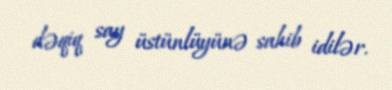
dəqiq say üstünlüyünə sahib idilər.